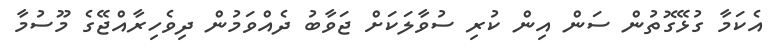
އެކަމާ ގުޅޭގޮތުން ސަން އިން ކުރި ސުވާލަކަށް ޖަވާބު ދެއްވަމުން ދިވެހިރާއްޖޭގެ މޫސުމާ